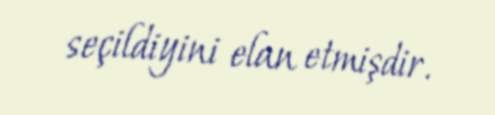
seçildiyini elan etmişdir.